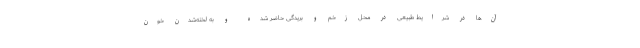
آن‌ها در شرایط طبیعی در محل زخم و بریدگی حاضر شده و به لخته‌شدن خون